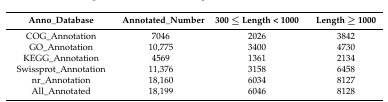
| Anno_Database | Annotated_Number | 300 ≤ Length < 1000 | Length ≥ 1000 |
 | --- | --- | --- | --- |
 | COG_Annotation | 7046 | 2026 | 3842 |
 | GO_Annotation | 10,775 | 3400 | 4730 |
 | KEGG_Annotation | 4569 | 1361 | 2134 |
 | Swissprot_Annotation | 11,376 | 3158 | 6458 |
 | nr_Annotation | 18,160 | 6034 | 8127 |
 | All_Annotated | 18,199 | 6046 | 8128 |